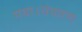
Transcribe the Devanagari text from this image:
गया।चंपारण